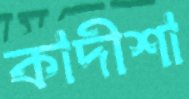
কাদীশা